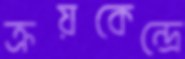
ক্রয়কেন্দ্রে